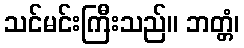
သင်မင်းကြီးသည်။ ဘတ္တံ၊